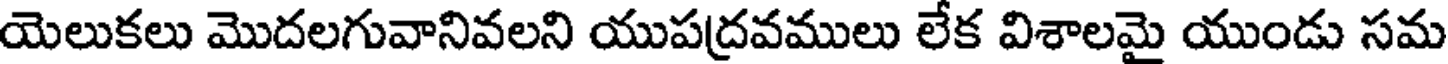
యెలుకలు మొదలగువానివలని యుపద్రవములు లేక విశాలమై యుండు సమ